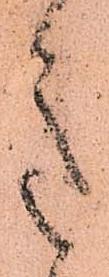
意